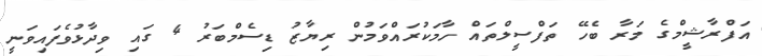
އަފްރާޝީމްގެ މަރާ ބެހޭ ތަފްސީލްތައް ހާމަކުރައްވަމުން ރިޔާޒު ޑިސެމްބަރު 4 ގައި ވިދާޅުވެފައިވަނީ